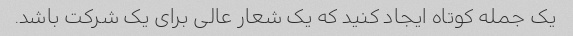
یک جمله کوتاه ایجاد کنید که یک شعار عالی برای یک شرکت باشد.